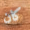
كان